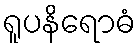
ရူပနိရောဓံ